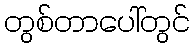
တွစ်တာပေါ်တွင်